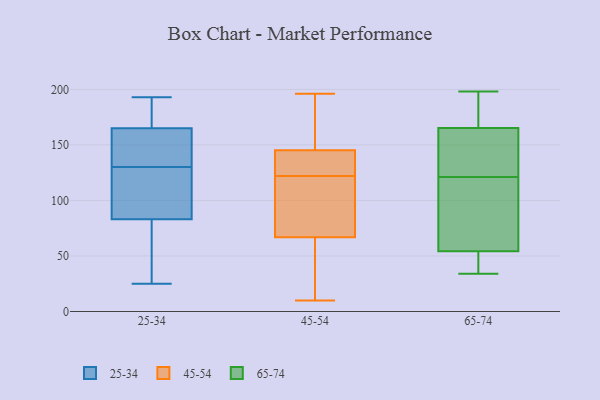
{"axis": {"x": "Production Output", "y": "Value"}, "legend": ["25-34", "45-54", "65-74"], "data": [{"x": "", "y": 124, "type": "25-34"}, {"x": "", "y": 82, "type": "25-34"}, {"x": "", "y": 67, "type": "25-34"}, {"x": "", "y": 124, "type": "25-34"}, {"x": "", "y": 83, "type": "25-34"}, {"x": "", "y": 180, "type": "25-34"}, {"x": "", "y": 60, "type": "25-34"}, {"x": "", "y": 170, "type": "25-34"}, {"x": "", "y": 184, "type": "25-34"}, {"x": "", "y": 145, "type": "25-34"}, {"x": "", "y": 130, "type": "25-34"}, {"x": "", "y": 130, "type": "25-34"}, {"x": "", "y": 157, "type": "25-34"}, {"x": "", "y": 25, "type": "25-34"}, {"x": "", "y": 165, "type": "25-34"}, {"x": "", "y": 92, "type": "25-34"}, {"x": "", "y": 193, "type": "25-34"}, {"x": "", "y": 152, "type": "25-34"}, {"x": "", "y": 130, "type": "45-54"}, {"x": "", "y": 196, "type": "45-54"}, {"x": "", "y": 122, "type": "45-54"}, {"x": "", "y": 48, "type": "45-54"}, {"x": "", "y": 191, "type": "45-54"}, {"x": "", "y": 75, "type": "45-54"}, {"x": "", "y": 194, "type": "45-54"}, {"x": "", "y": 128, "type": "45-54"}, {"x": "", "y": 109, "type": "45-54"}, {"x": "", "y": 124, "type": "45-54"}, {"x": "", "y": 19, "type": "45-54"}, {"x": "", "y": 73, "type": "45-54"}, {"x": "", "y": 10, "type": "45-54"}, {"x": "", "y": 198, "type": "65-74"}, {"x": "", "y": 61, "type": "65-74"}, {"x": "", "y": 52, "type": "65-74"}, {"x": "", "y": 120, "type": "65-74"}, {"x": "", "y": 130, "type": "65-74"}, {"x": "", "y": 192, "type": "65-74"}, {"x": "", "y": 121, "type": "65-74"}, {"x": "", "y": 35, "type": "65-74"}, {"x": "", "y": 128, "type": "65-74"}, {"x": "", "y": 34, "type": "65-74"}, {"x": "", "y": 177, "type": "65-74"}]}